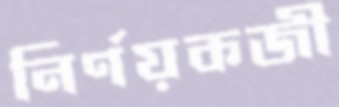
নির্ণয়কজী